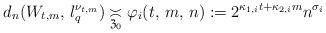
LaTeX: \begin{align*}d_n(W_{t,m}, \, l_q^{\nu_{t,m}}) \underset{\mathfrak{Z}_0}{\asymp} \varphi_i(t, \, m, \, n) := 2^{\kappa_{1,i}t+\kappa_{2,i}m}n^{\sigma_i}\end{align*}